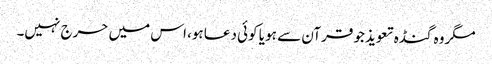
مگروہ گنڈہ تعویذ جو قرآن سے ہو یا کوئی دعا ہو، اس میں حرج نہیں۔